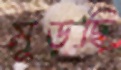
মুড়ছি